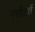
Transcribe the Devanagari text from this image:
नसीहतें